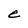
Character: e